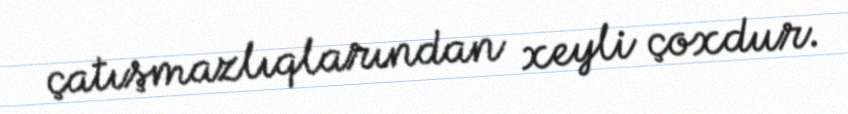
çatışmazlıqlarından xeyli çoxdur.